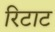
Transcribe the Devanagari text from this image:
रिटाट